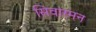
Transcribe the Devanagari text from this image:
सिवारमन